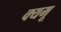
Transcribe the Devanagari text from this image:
क्यमू